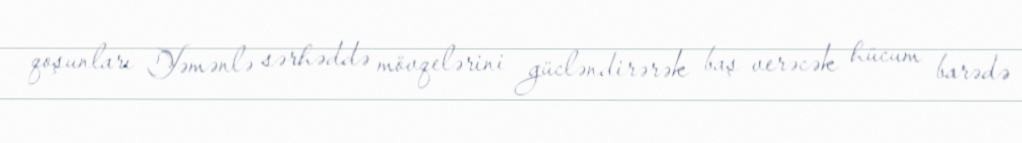
qoşunları Yəmənlə sərhəddə mövqelərini gücləndirərək baş verəcək hücum barədə